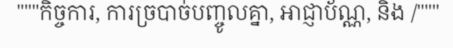
"""កិច្ចការ, ការច្របាច់បញ្ចូលគ្នា, អាជ្ញាប័ណ្ណ, និង /"""